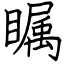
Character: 瞩